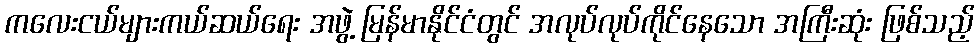
ကလေးငယ်များကယ်ဆယ်ရေး အဖွဲ့ မြန်မာနိုင်ငံတွင် အလုပ်လုပ်ကိုင်နေသော အကြီးဆုံး ဖြစ်သည့်